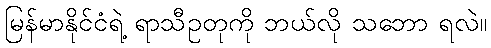
မြန်မာနိုင်ငံရဲ့ ရာသီဥတုကို ဘယ်လို သဘော ရလဲ။